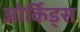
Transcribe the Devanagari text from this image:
ओर्किड्स